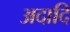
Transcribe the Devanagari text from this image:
अदादि